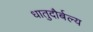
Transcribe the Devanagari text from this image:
धातुदौर्बल्य